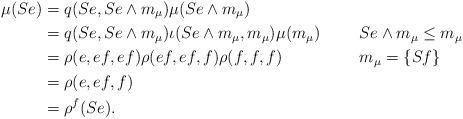
LaTeX: \begin{align*}\mu(Se)&= q(Se,Se\wedge m_{\mu}) \mu(Se\wedge m_{\mu})&&\\&= q(Se,Se\wedge m_{\mu})\iota(Se\wedge m_{\mu},m_{\mu})\mu(m_{\mu})&&Se\wedge m_{\mu}\le m_{\mu}\\&=\rho(e,ef,ef)\rho(ef,ef,f)\rho(f,f,f)&&m_{\mu}=\{Sf\}\\&=\rho(e,ef,f)&&\\&=\rho^f(Se).&&\end{align*}